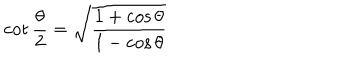
\cot \frac { \theta } { 2 } = \sqrt { \frac { 1 + \cos \theta } { 1 - \cos \theta } }